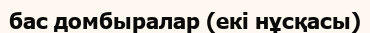
бас домбыралар (екі нұсқасы)